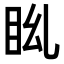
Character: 𥄩